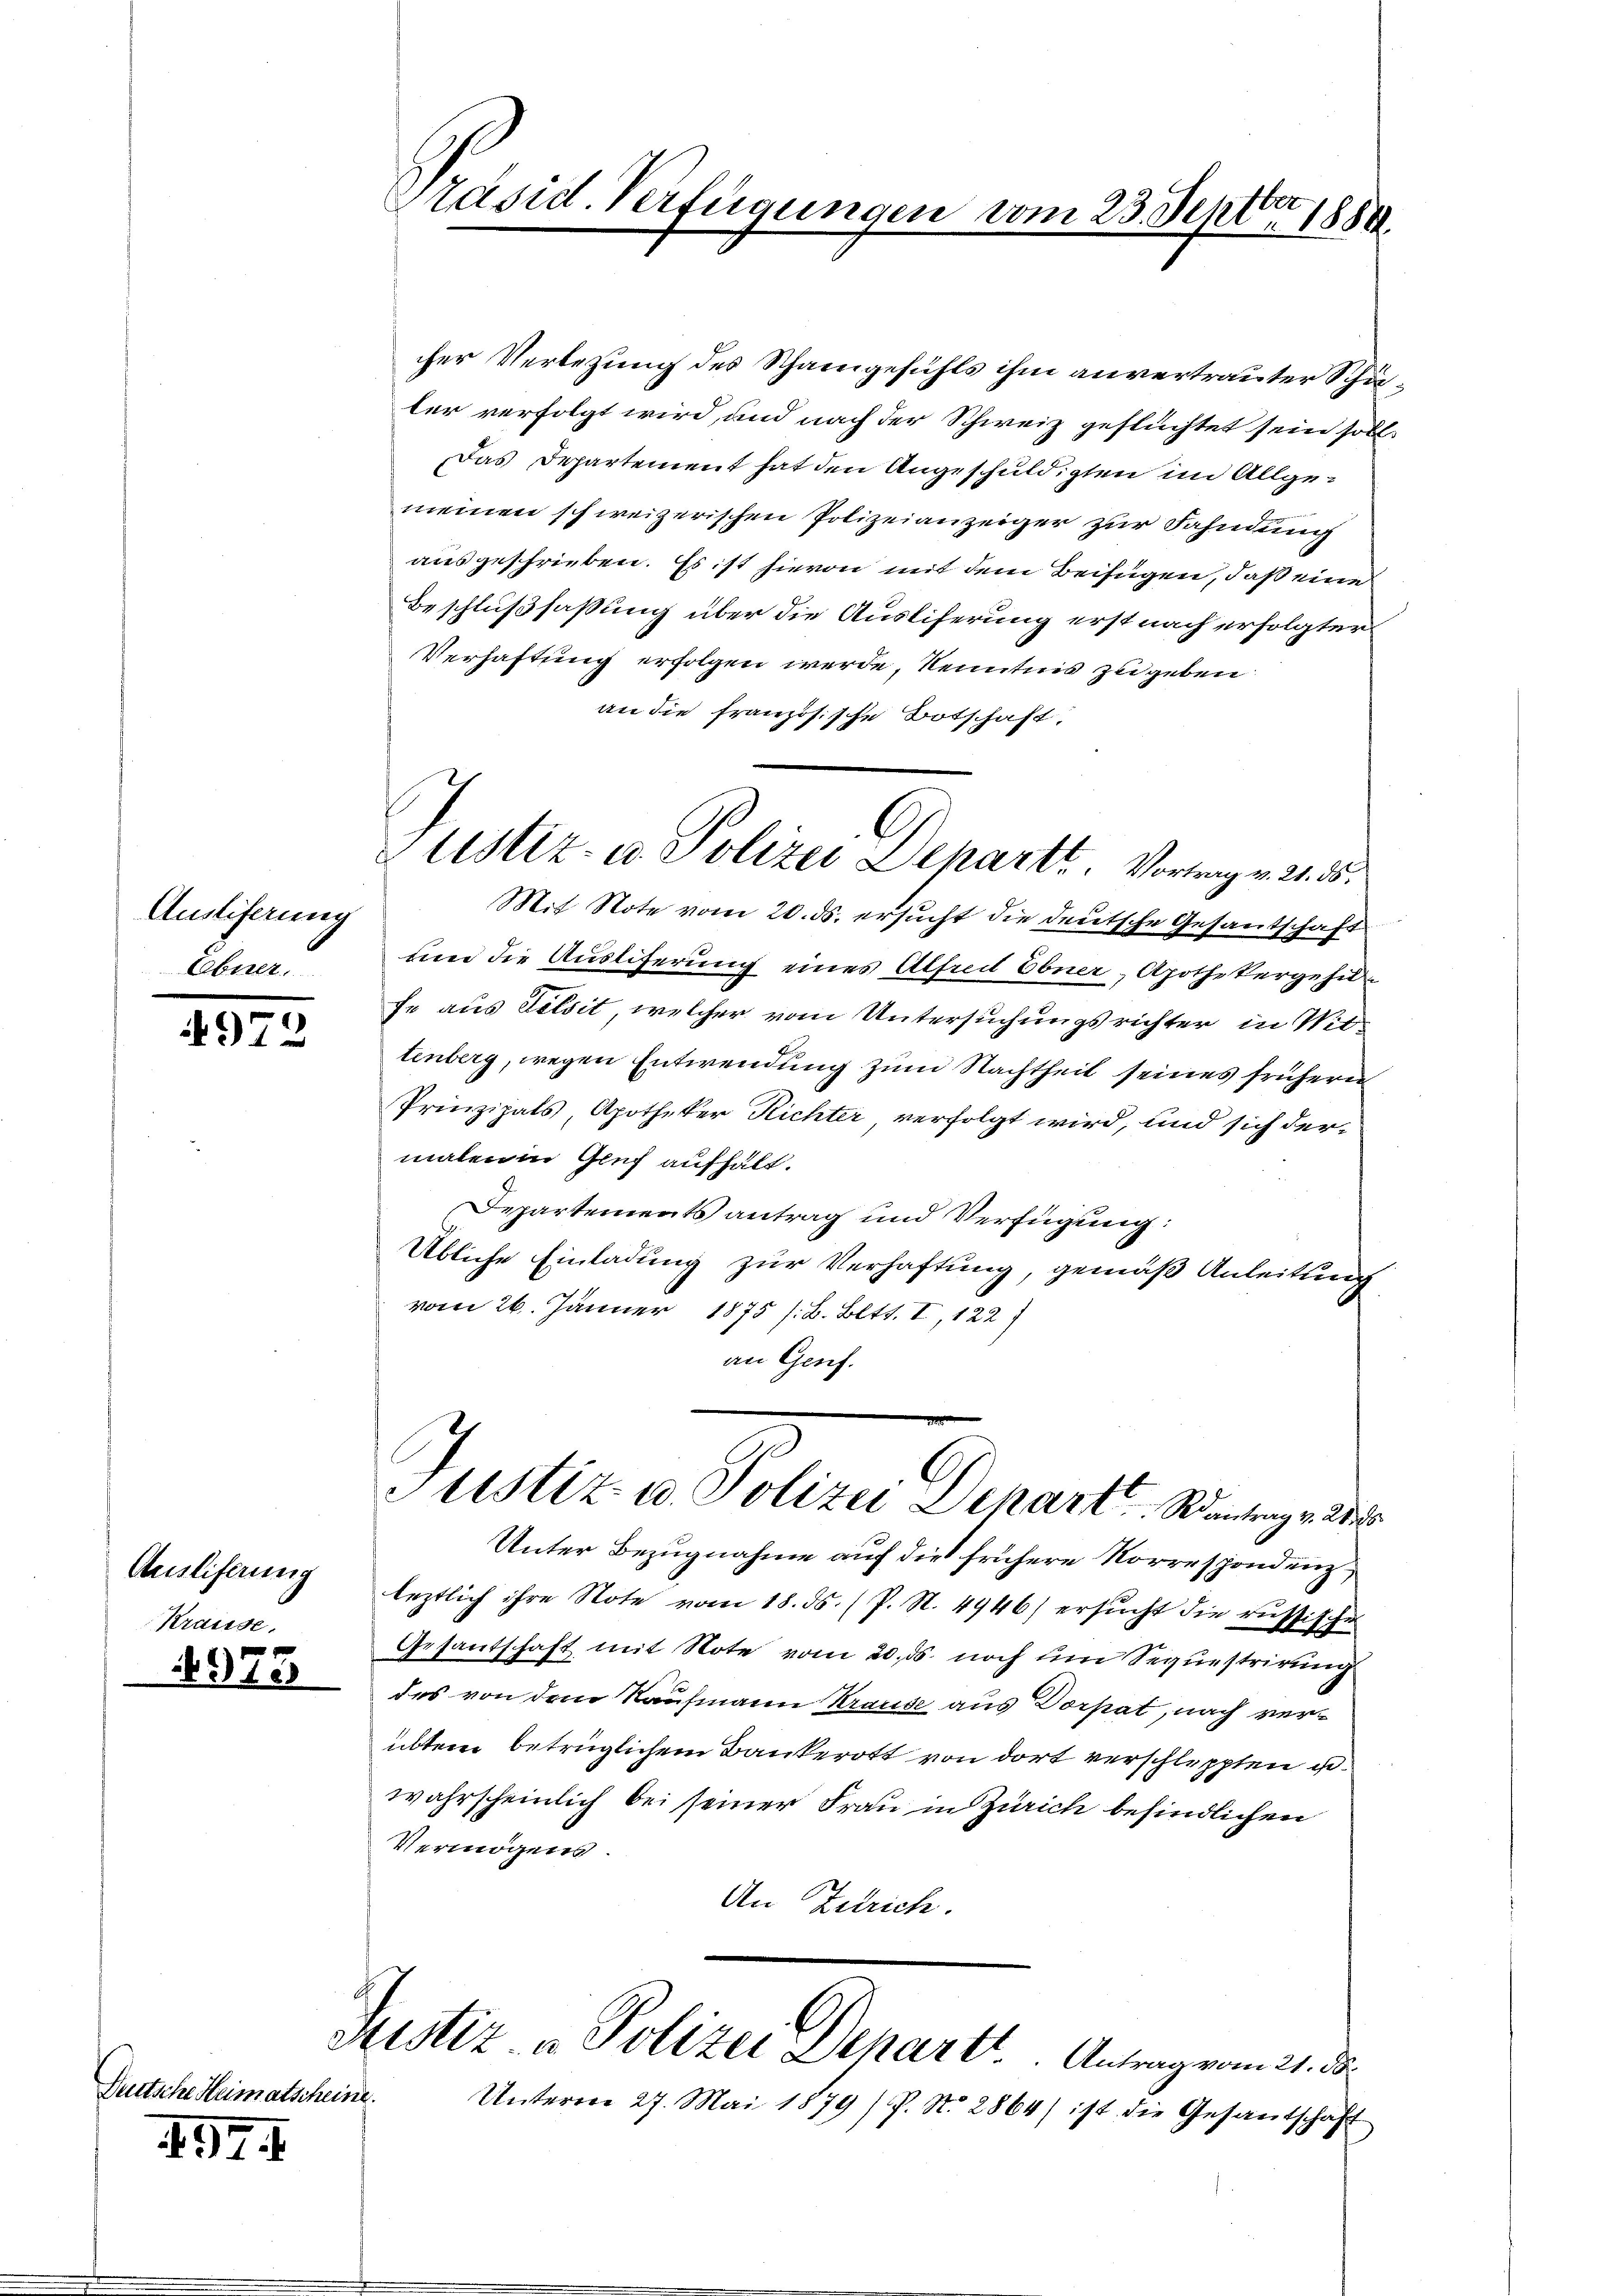
Auslieferung
Ebner.

972

Ausliferung
Krausse.

312

Deutsche Heimatscheine.

4.7. 1

Präsid. Verfügungen vom 23. Septbr 1889.

cher Verlegung des Schangefühls ihm anvertrauter Schäler verfolgt wird, und nach der Schweiz geflüchtet sein soll¬
Das Departement hat den Angeschuldigten im Allgemeinen schweizerischen Polizeianzeiger zur Fahndung
ausgeschrieben. Es ist hievon mit dem Beifügen, daß eine
Beschlußfassung über die Ausliferung erst nach erfolgter
Verhaftung erfolgen werde, Kenntnis zugeben
an die französische Botschaft.
Mit Note vom 20. ds. ersucht die deutsche Gesandschaft
und die Ausliferung eines Alfred Ebner, Apothekergehufe aus Felsit, welcher vom Untersuchungsrichter in Wittenberg, wegen Entwendung zum Nachtheit seines frühern
Prinzipals Apotheker Richter verfolgt wird, und sich der-
malen in Genf aufhält.
Departements antrag und Verfügung:
Übliche Einladung zur Verhaftung, gemäß Anleitung
vom 26. Jänner 1875 /:B. Bett. I, 122)
an Genf.
Justiz- u. Polizei Depart antrag v.
Unter Bezugnahme auf die frühere Norrespondenz
leztlich ihre Note vom 18. ds. (s. S. 4946) ersucht die russischen
Gesantschaft mit Note vom 20. ds. noch um Sequestrirung
des von dem Kaufmann Krause aus Dorpat, nach verübter betrüglichem Bankerott von dort verschleppten u.
wahrscheinlich bei seiner Frau in Zürich befindlichen
Vermögens.
An Zutrich.
Justiz & Polizei Departe Antragend, de
Unterm 27. Mai 1879) P. No. 2864) ist die Gesandschaft

Ustiz- u. Polizei Departt. Vortrag v. 21. ds.